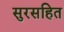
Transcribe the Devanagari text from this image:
सुरसहित